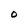
Character: O